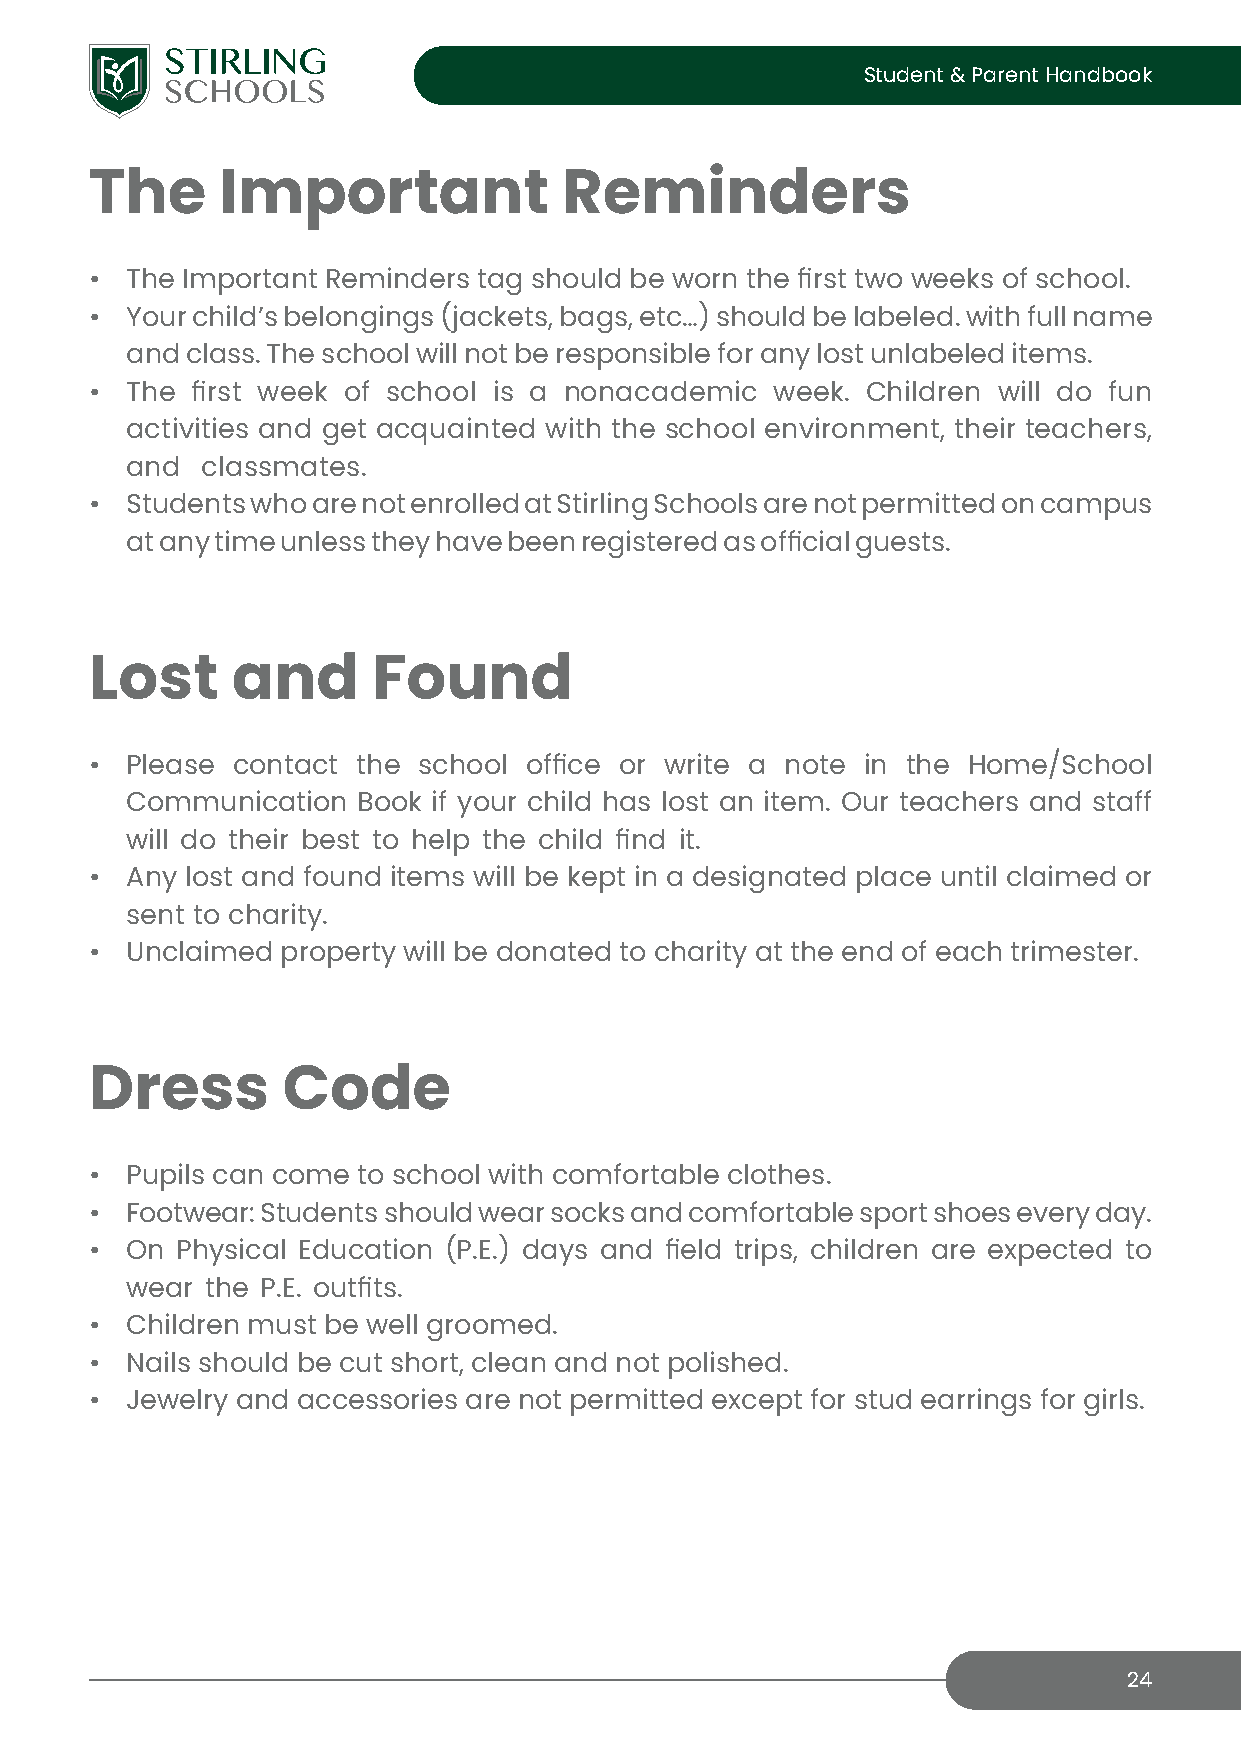
Student & Parent Handbook
 The      Important             Reminders
 • The Important Reminders tag should be worn the first two weeks of school.
 • Your child’s belongings (jackets, bags, etc…) should be labeled. with full name
 and class. The school will not be responsible for any lost unlabeled items.
 • The  first week of school is a nonacademic week. Children will do fun
 activities and get acquainted with the school environment, their teachers,
 and  classmates.
 • Students who are not enrolled at Stirling Schools are not permitted on campus
 at any time unless they have been registered as official guests.
 Lost     and       Found
 • Please contact  the school office or write a note in the Home/School
 Communication   Book if your child has lost an item. Our teachers and staff
 will do their best to help the child find it.
 • Any lost and found items will be kept in a designated place until claimed or
 sent to charity.
 • Unclaimed  property will be donated to charity at the end of each trimester.
 Dress        Code
 • Pupils can come to school with comfortable clothes.
 • Footwear: Students should wear socks and comfortable sport shoes every day.
 • On  Physical Education (P.E.) days and field trips, children are expected to
 wear  the P.E. outfits.
 • Children must be well groomed.
 • Nails should be cut short, clean and not polished.
 • Jewelry and accessories are not permitted except for stud earrings for girls.
 24